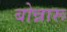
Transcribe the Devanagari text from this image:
बोन्नारू